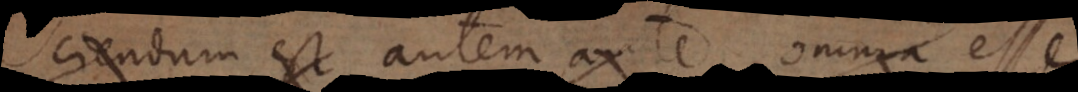
Sciendum est autem ante omnia esse